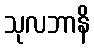
သုလဘာနိ